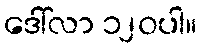
ဒေါ်လာ ၁၂၀ပါ။